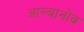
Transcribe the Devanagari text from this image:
आल्बानोव